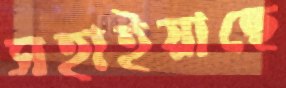
সহাইয়াছে